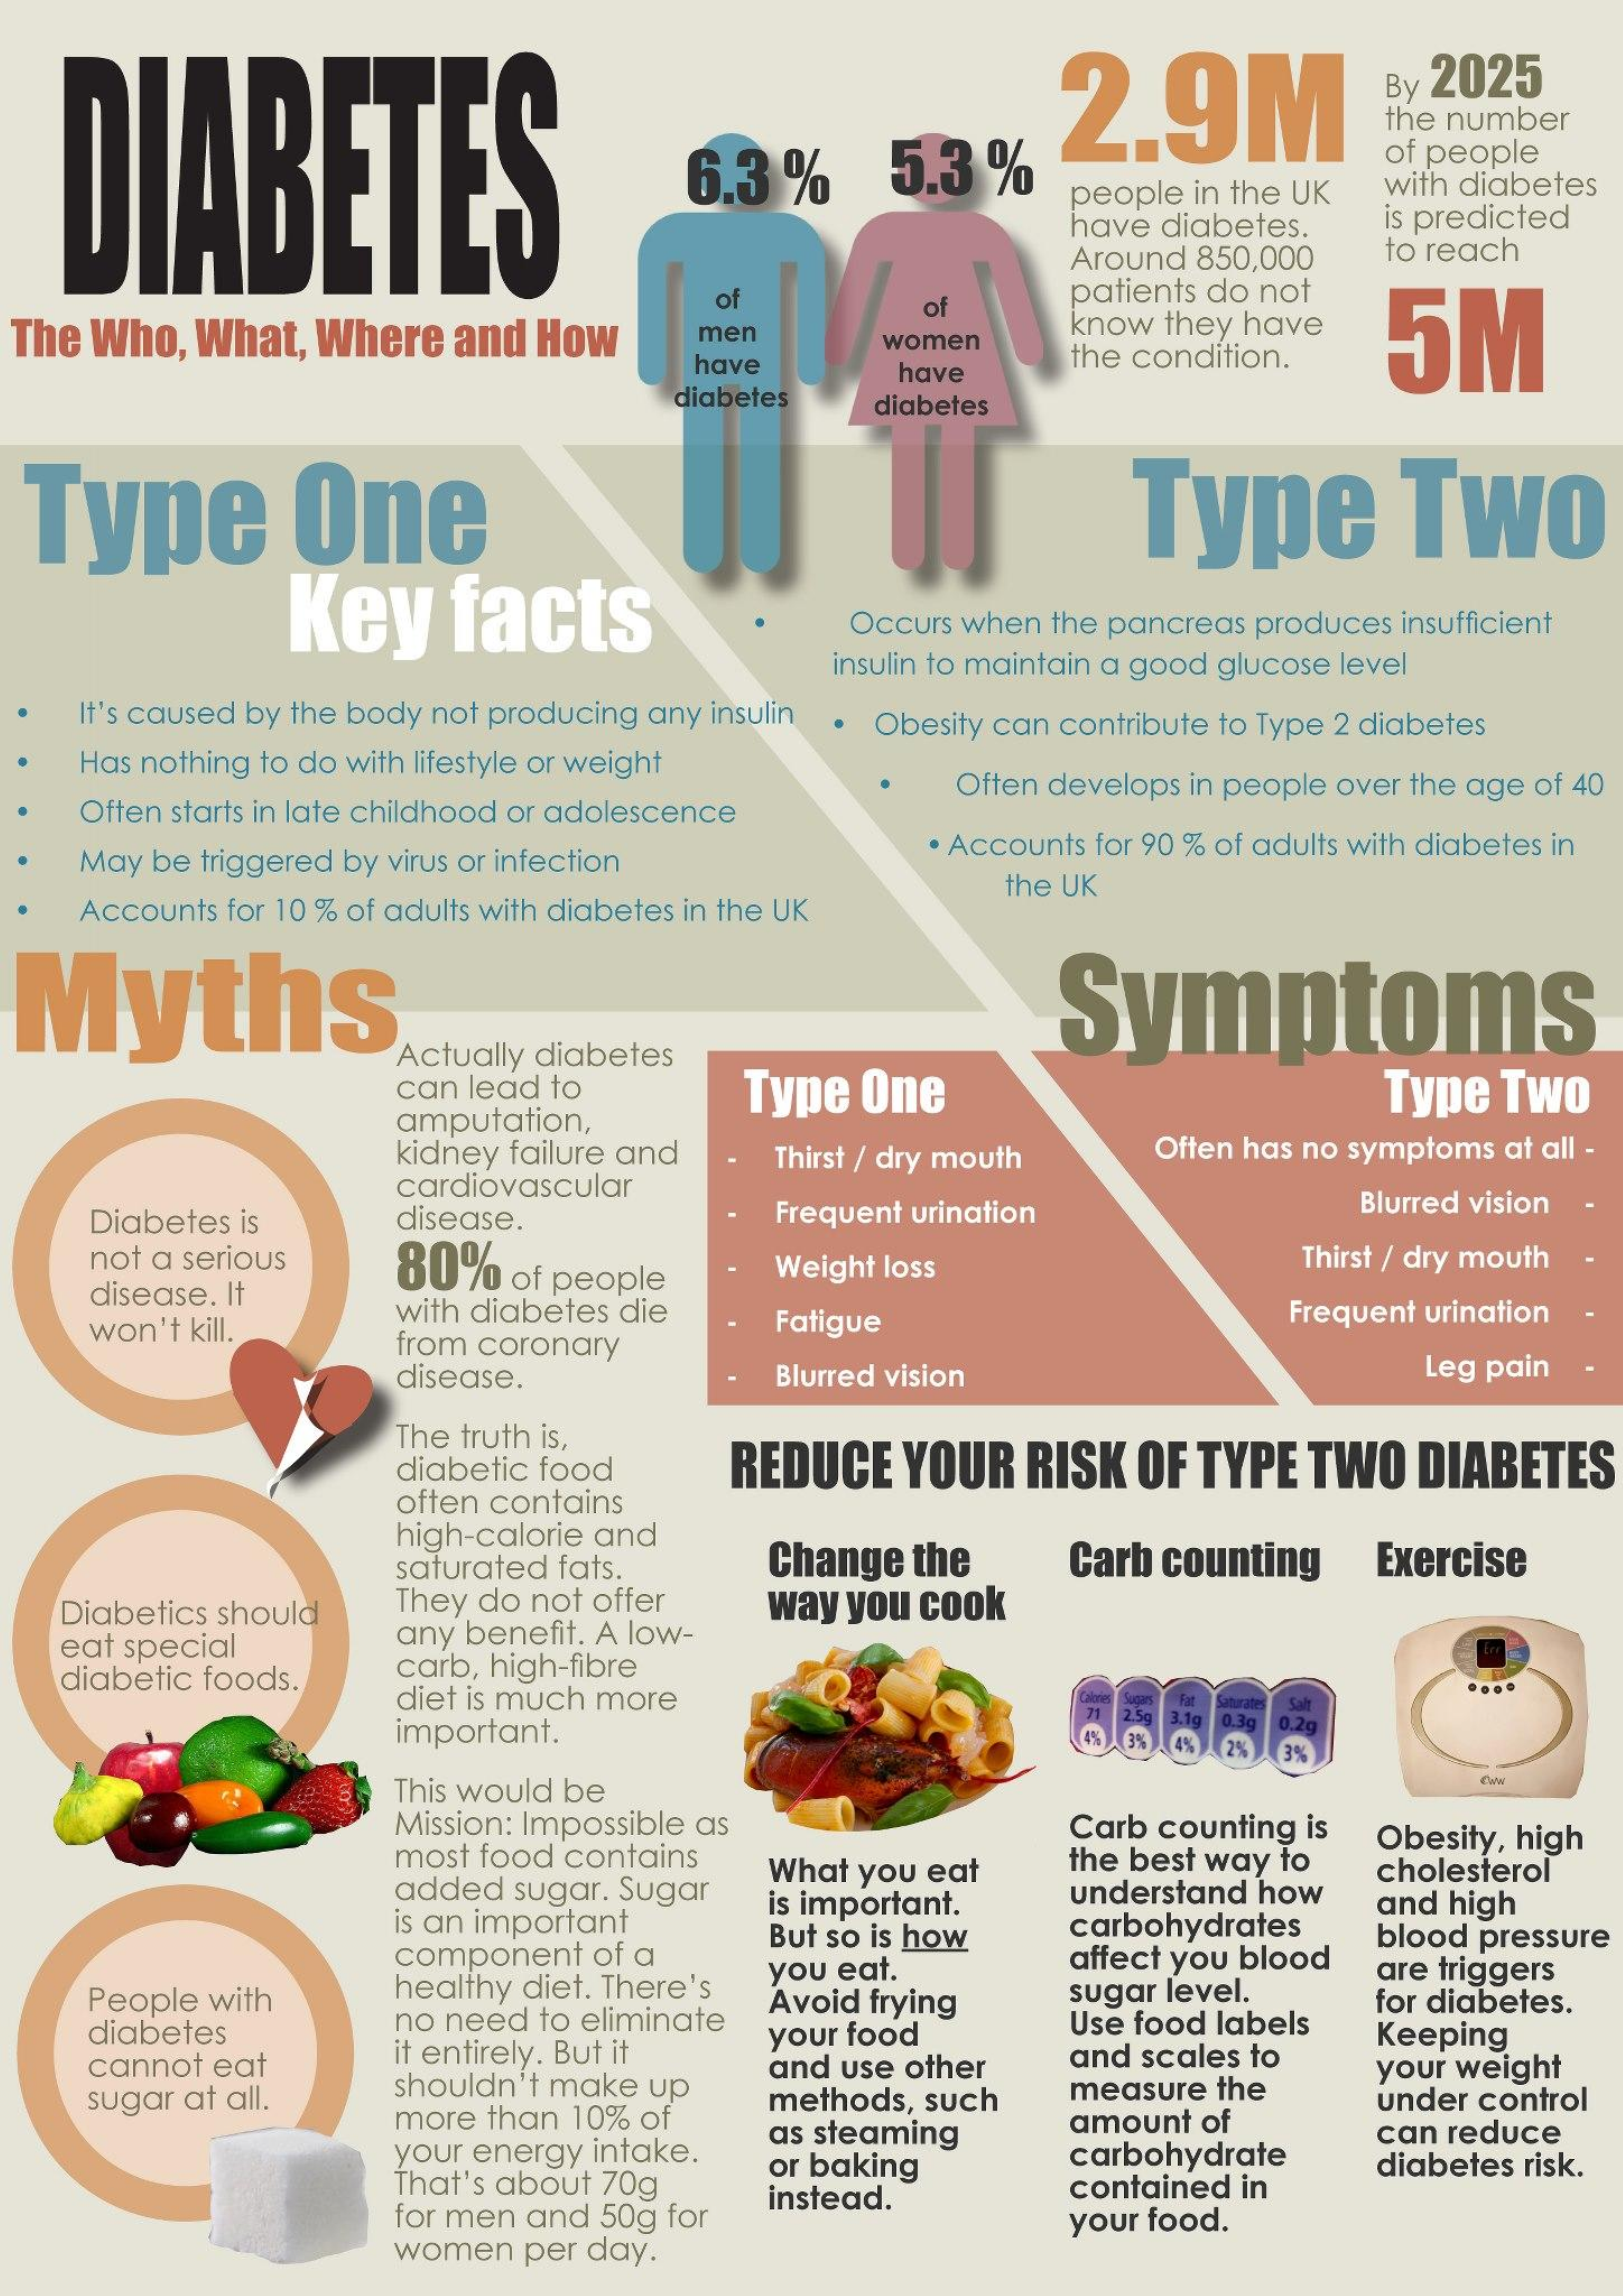
DIABETES
     2.9M
     By 2025
     the number
     6.3%    5.3%
     of people
     people in the UK with diabetes
     have diabetes.   is predicted
     Around 850,000   to reach
     of    of    patients do not
  The Who, What, Where   and How    men    know they have
     5M
     have
     women
     have
     the condition.
     diabetes   diabetes
  Type    One    Type    Two
     Key    facts    Occurs when the pancreas produces insufficient
     insulin to maintain a good glucose level
     It's caused by the body not producing any insulin · Obesity can contribute to Type 2 diabetes
     Has nothing to do with lifestyle or weight
     Often starts in late childhood or adolescence
     Often develops in people over the age of 40
     May be triggered by virus or infection    · Accounts for 90 % of adults with diabetes in
     Accounts for 10 % of adults with diabetes in the UK
     the UK
  Myths    Symptoms
     Actually diabetes
     can lead to    Type  One    Type  Two
     amputation,
     kidney failure and   Thirst / dry mouth  Often has no symptoms at all -
     cardiovascular
     Diabetes is    disease.    Frequent urination    Blurred vision
     not a serious    80%   of people
     disease. It
     Weight loss    Thirst / dry mouth
     won't kill.
     with diabetes die
     from coronary
     Fatigue    Frequent urination
     disease.    Blurred vision    Leg pain
     The truth is,
     diabetic food    REDUCE   YOUR   RISK  OF TYPE  TWO   DIABETES
     often contains
     high-calorie and
     saturated fats.    Change  the    Carb counting   Exercise
   Diabetics should   They do not offer   way you cook
    eat special    any benefit. A low-
   diabetic foods.    carb, high-fibre
     diet is much more
     important.
     3.1g
     Saturates
     0.3g 0.2g
     2%
     This would be
     Mission: Impossible as
     most food contains
     Carb counting is
     What you eat    the best way to
     Obesity, high
     added sugar. Sugar
     cholesterol
     is an important
     is important.    understand how
     But so is how    carbohydrates
     and high
     component  of a    affect you blood
     blood pressure
     People with    healthy diet. There's
     you eat.
     Avoid frying    sugar level.
     are triggers
     for diabetes.
     diabetes    no need to eliminate
     it entirely. But it your food    Use food labels Keeping
     cannot eat
     sugar at all.    shouldn't make up
     and use other    and scales to
     more than 10% of    methods, such    measure the
     your weight
     as steaming    amount of
     under control
     your energy intake. or baking    carbohydrate
     can reduce
     That's about 70g
     for men and 50g for
     instead.    contained in
     diabetes risk.
     women  per day.
     your food.